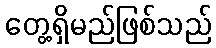
တွေ့ရှိမည်ဖြစ်သည်